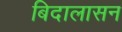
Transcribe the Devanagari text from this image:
बिदालासन